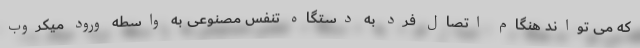
که می تواند هنگام اتصال فرد به دستگاه تنفس مصنوعی به واسطه ورود میکروب